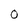
Character: O